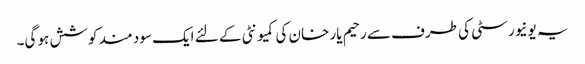
یہ یونیورسٹی کی طرف سے رحیم یار خان کی کمیونٹی کے لئے ایک سود مند کوشش ہو گی۔